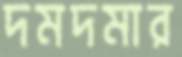
দমদমার